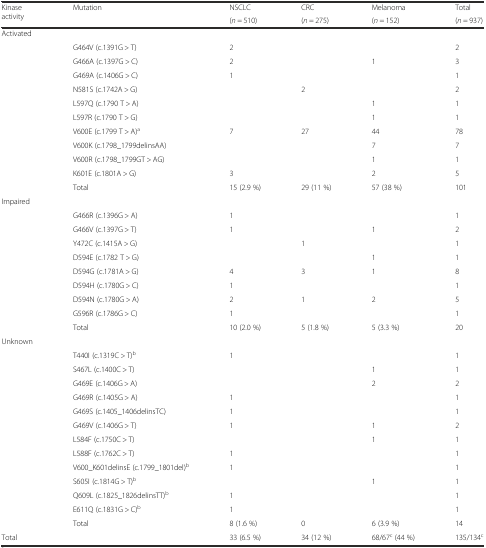
<table><thead><tr><td rowspan="2"><b>Kinase activity</b></td><td rowspan="2"><b>Mutation</b></td><td><b>NSCLC</b></td><td><b>CRC</b></td><td><b>Melanoma</b></td><td><b>Total</b></td></tr><tr><td><b>(<i>n</i> = 510)</b></td><td><b>(<i>n</i> = 275)</b></td><td><b>(<i>n</i> = 152)</b></td><td><b>(<i>n</i> = 937)</b></td></tr></thead><tbody><tr><td>Activated</td><td></td><td></td><td></td><td></td><td></td></tr><tr><td></td><td>G464V (c.1391G &gt; T)</td><td>2</td><td></td><td></td><td>2</td></tr><tr><td></td><td>G466A (c.1397G &gt; C)</td><td>2</td><td></td><td>1</td><td>3</td></tr><tr><td></td><td>G469A (c.1406G &gt; C)</td><td>1</td><td></td><td></td><td>1</td></tr><tr><td></td><td>N581S (c.1742A &gt; G)</td><td></td><td>2</td><td></td><td>2</td></tr><tr><td></td><td>L597Q (c.1790 T &gt; A)</td><td></td><td></td><td>1</td><td>1</td></tr><tr><td></td><td>L597R (c.1790 T &gt; G)</td><td></td><td></td><td>1</td><td>1</td></tr><tr><td></td><td>V600E (c.1799 T &gt; A)<sup>a</sup></td><td>7</td><td>27</td><td>44</td><td>78</td></tr><tr><td></td><td>V600K (c.1798_1799delinsAA)</td><td></td><td></td><td>7</td><td>7</td></tr><tr><td></td><td>V600R (c.1798_1799GT &gt; AG)</td><td></td><td></td><td>1</td><td>1</td></tr><tr><td></td><td>K601E (c.1801A &gt; G)</td><td>3</td><td></td><td>2</td><td>5</td></tr><tr><td></td><td>Total</td><td>15 (2.9 %)</td><td>29 (11 %)</td><td>57 (38 %)</td><td>101</td></tr><tr><td>Impaired</td><td></td><td></td><td></td><td></td><td></td></tr><tr><td></td><td>G466R (c.1396G &gt; A)</td><td>1</td><td></td><td></td><td>1</td></tr><tr><td></td><td>G466V (c.1397G &gt; T)</td><td>1</td><td></td><td>1</td><td>2</td></tr><tr><td></td><td>Y472C (c.1415A &gt; G)</td><td></td><td>1</td><td></td><td>1</td></tr><tr><td></td><td>D594E (c.1782 T &gt; G)</td><td></td><td></td><td>1</td><td>1</td></tr><tr><td></td><td>D594G (c.1781A &gt; G)</td><td>4</td><td>3</td><td>1</td><td>8</td></tr><tr><td></td><td>D594H (c.1780G &gt; C)</td><td>1</td><td></td><td></td><td>1</td></tr><tr><td></td><td>D594N (c.1780G &gt; A)</td><td>2</td><td>1</td><td>2</td><td>5</td></tr><tr><td></td><td>G596R (c.1786G &gt; C)</td><td>1</td><td></td><td></td><td>1</td></tr><tr><td></td><td>Total</td><td>10 (2.0 %)</td><td>5 (1.8 %)</td><td>5 (3.3 %)</td><td>20</td></tr><tr><td>Unknown</td><td></td><td></td><td></td><td></td><td></td></tr><tr><td></td><td>T440I (c.1319C &gt; T)<sup>b</sup></td><td>1</td><td></td><td></td><td>1</td></tr><tr><td></td><td>S467L (c.1400C &gt; T)</td><td></td><td></td><td>1</td><td>1</td></tr><tr><td></td><td>G469E (c.1406G &gt; A)</td><td></td><td></td><td>2</td><td>2</td></tr><tr><td></td><td>G469R (c.1405G &gt; A)</td><td>1</td><td></td><td></td><td>1</td></tr><tr><td></td><td>G469S (c.1405_1406delinsTC)</td><td>1</td><td></td><td></td><td>1</td></tr><tr><td></td><td>G469V (c.1406G &gt; T)</td><td>1</td><td></td><td>1</td><td>2</td></tr><tr><td></td><td>L584F (c.1750C &gt; T)</td><td></td><td></td><td>1</td><td>1</td></tr><tr><td></td><td>L588F (c.1762C &gt; T)</td><td>1</td><td></td><td></td><td>1</td></tr><tr><td></td><td>V600_K601delinsE (c.1799_1801del)<sup>b</sup></td><td>1</td><td></td><td></td><td>1</td></tr><tr><td></td><td>S605I (c.1814G &gt; T)<sup>b</sup></td><td></td><td></td><td>1</td><td>1</td></tr><tr><td></td><td>Q609L (c.1825_1826delinsTT)<sup>b</sup></td><td>1</td><td></td><td></td><td>1</td></tr><tr><td></td><td>E611Q (c.1831G &gt; C)<sup>b</sup></td><td>1</td><td></td><td></td><td>1</td></tr><tr><td></td><td>Total</td><td>8 (1.6 %)</td><td>0</td><td>6 (3.9 %)</td><td>14</td></tr><tr><td>Total</td><td></td><td>33 (6.5 %)</td><td>34 (12 %)</td><td>68/67<sup>c</sup> (44 %)</td><td>135/134<sup>c</sup></td></tr></tbody></table>